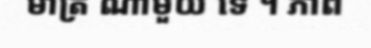
មាត្រ ណាមួយ ទេ ។ ភាព